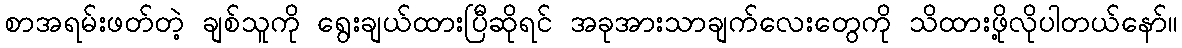
စာအရမ်းဖတ်တဲ့ ချစ်သူကို ရွေးချယ်ထားပြီဆိုရင် အခုအားသာချက်လေးတွေကို သိထားဖို့လိုပါတယ်နော်။